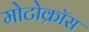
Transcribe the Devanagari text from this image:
मोटोक्राॅस